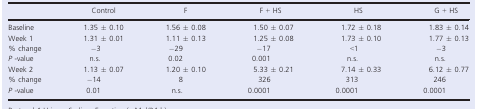
<table><thead><tr><td></td><td><b>Control</b></td><td><b>F</b></td><td><b>F + HS</b></td><td><b>HS</b></td><td><b>G + HS</b></td></tr></thead><tbody><tr><td>Baseline</td><td>1.35 ± 0.10</td><td>1.56 ± 0.08</td><td>1.50 ± 0.07</td><td>1.72 ± 0.18</td><td>1.83 ± 0.14</td></tr><tr><td>Week 1</td><td>1.31 ± 0.01</td><td>1.11 ± 0.13</td><td>1.25 ± 0.08</td><td>1.73 ± 0.10</td><td>1.77 ± 0.13</td></tr><tr><td>% change</td><td>−3</td><td>−29</td><td>−17</td><td>&lt;1</td><td>−3</td></tr><tr><td><i>P</i> ‐value</td><td>n.s.</td><td>0.02</td><td>0.001</td><td>n.s.</td><td>n.s.</td></tr><tr><td>Week 2</td><td>1.13 ± 0.07</td><td>1.20 ± 0.10</td><td>5.33 ± 0.21</td><td>7.14 ± 0.33</td><td>6.12 ± 0.77</td></tr><tr><td>% change</td><td>−14</td><td>8</td><td>326</td><td>313</td><td>246</td></tr><tr><td><i>P</i> ‐value</td><td>0.01</td><td>n.s.</td><td>0.0001</td><td>0.0001</td><td>0.0001</td></tr></tbody></table>